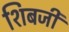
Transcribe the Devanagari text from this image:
शिबजी